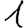
Digit: 1